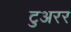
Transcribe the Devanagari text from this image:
टुअरर